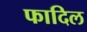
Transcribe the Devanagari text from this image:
फादिल